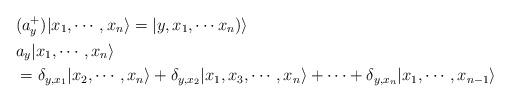
LaTeX: \begin{align*} &(a_y^+)|x_1,\cdots ,x_n\rangle = |y,x_1,\cdots x_n)\rangle\\ &a_y|x_1,\cdots ,x_n\rangle\\ &= \delta_{y,x_1}|x_2,\cdots ,x_n\rangle +\delta_{y,x_2}|x_1,x_3,\cdots ,x_n\rangle+\cdots + \delta_{y,x_n}|x_1,\cdots ,x_{n-1}\rangle\end{align*}